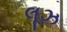
લૂઝ